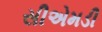
સીએમડી